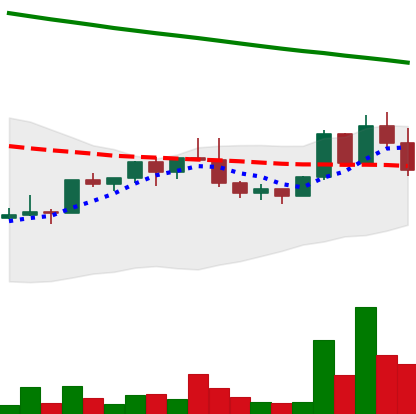
Ticker: NEO-USD
Chart end date: 2022-02-20
Forward return: -7.077%
Label: down_7plus